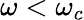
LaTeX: \omega<\omega_{c}